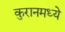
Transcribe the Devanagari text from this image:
कुरानमध्ये